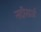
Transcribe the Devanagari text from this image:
नदीसर्ज